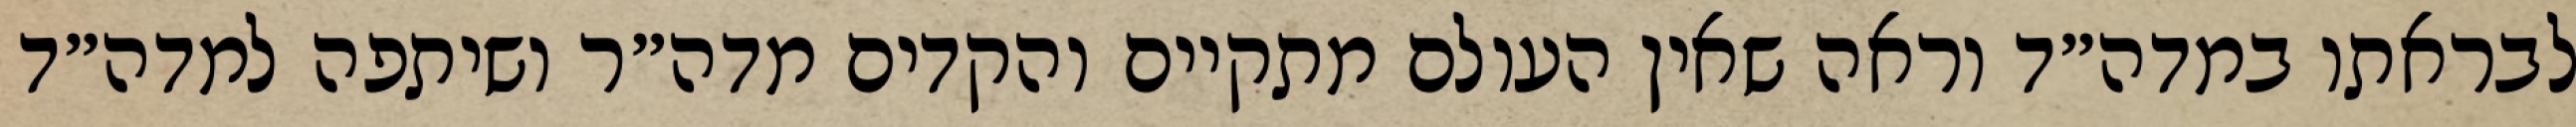
לבראתו במדה״ד וראה שאין העולם מתקיים והקדים מדה״ר ושיתפה למדה״ד